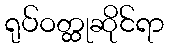
ရုပ်ဝတ္ထုဆိုင်ရာ